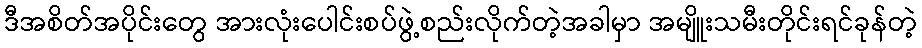
ဒီအစိတ်အပိုင်းတွေ အားလုံးပေါင်းစပ်ဖွဲ့စည်းလိုက်တဲ့အခါမှာ အမျိူးသမီးတိုင်းရင်ခုန်တဲ့